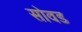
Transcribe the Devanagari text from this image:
सोवड